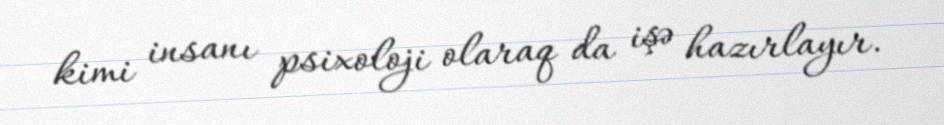
kimi insanı psixoloji olaraq da işə hazırlayır.